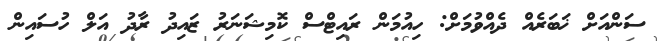
ސަންއަށް ޚަބަރެއް ދެއްވުމަށް: ހިއުމަން ރައިޓްސް ކޮމިޝަނަރު ޒައިދު ރާދު އަލް ހުސައިން